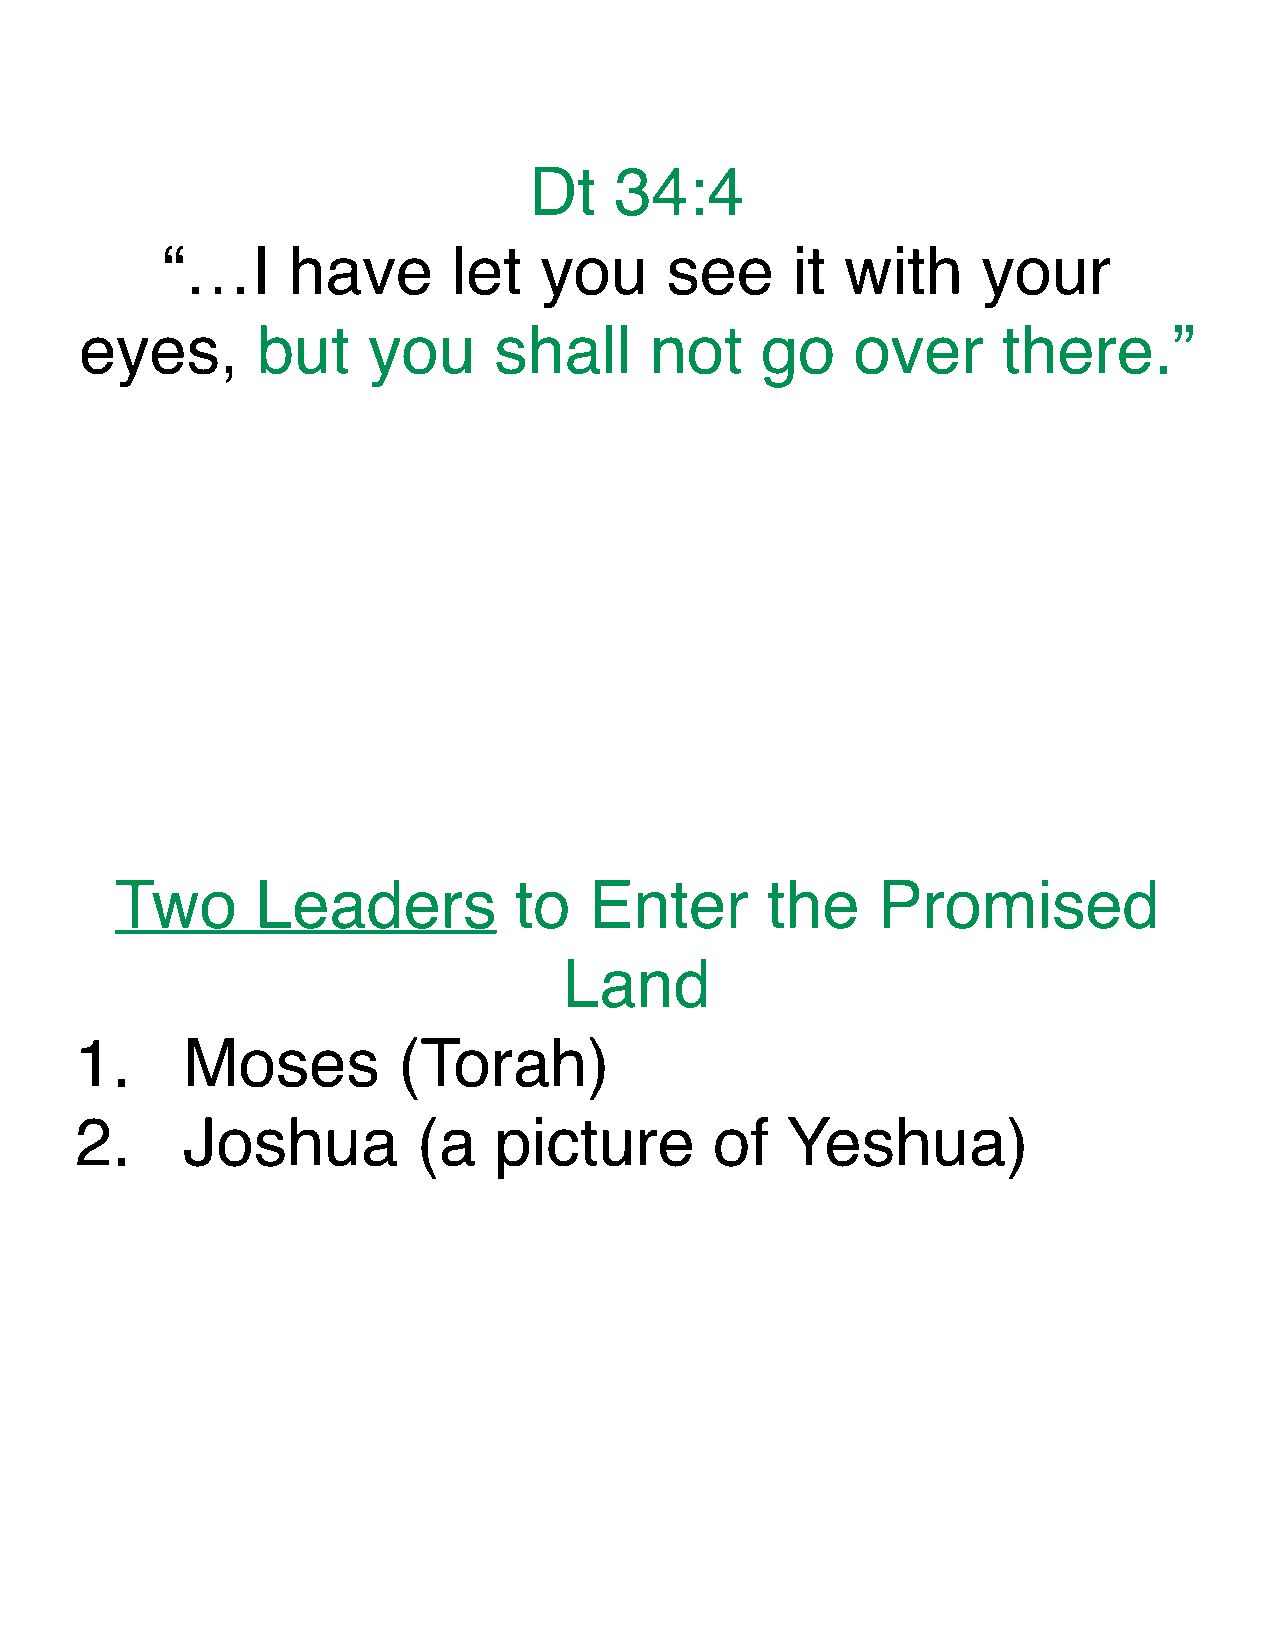
Dt    34:4
 “…I     have       let   you     see     it  with     your
 eyes,       but    you      shall     not    go     over     there.”
 Two      Leaders          to   Enter       the    Promised
 Land
 1.     Moses         (Torah)
 2.     Joshua          (a   picture       of   Yeshua)